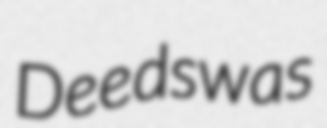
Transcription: Deeds was